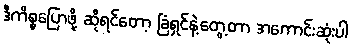
ဒီကိစ္စပြောဖို့ ဆိုရင်တော့ ခြံရှင်နဲ့တွေ့တာ အကောင်းဆုံးပါ